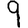
Digit: 9